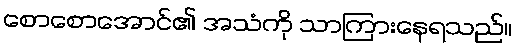
စောစောအောင်၏ အသံကို သာကြားနေရသည်။